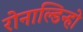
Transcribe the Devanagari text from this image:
रोनाल्डिन्हो